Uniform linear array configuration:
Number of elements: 32
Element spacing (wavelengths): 1
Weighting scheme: binomial
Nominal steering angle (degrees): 45
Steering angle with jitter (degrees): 43.684
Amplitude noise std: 0.05
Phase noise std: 0.05

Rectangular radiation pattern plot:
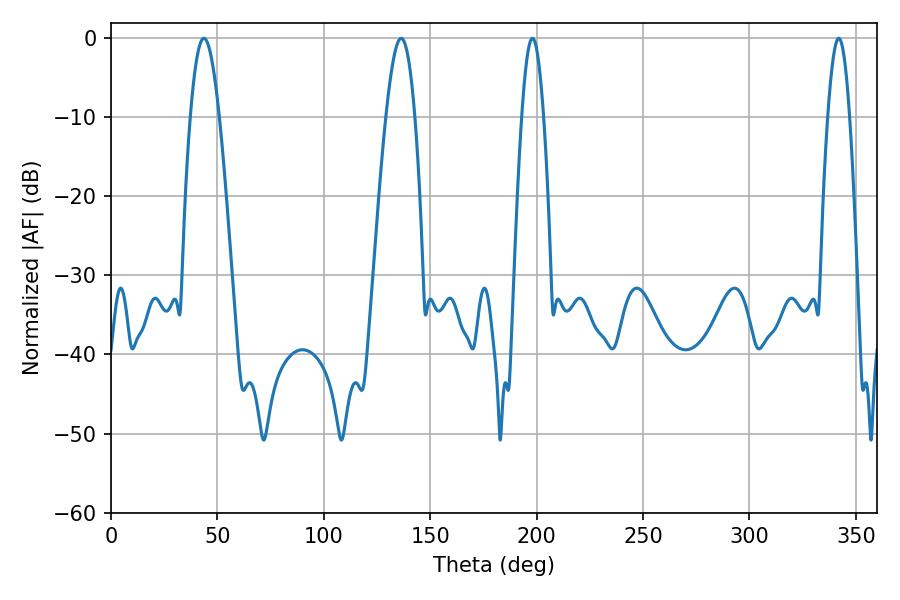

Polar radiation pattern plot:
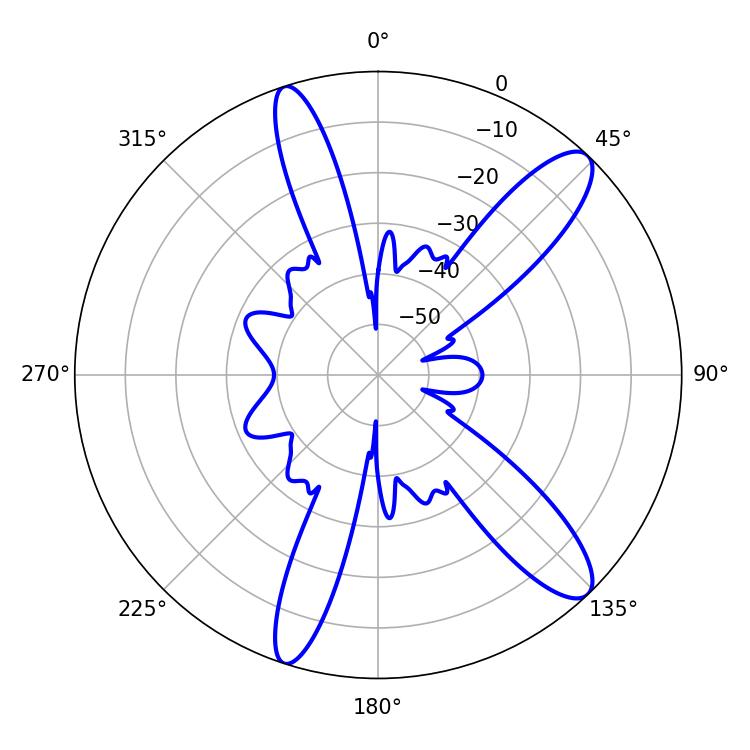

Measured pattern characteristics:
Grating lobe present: TRUE
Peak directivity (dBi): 11.959
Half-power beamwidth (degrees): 5.58
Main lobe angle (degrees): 342